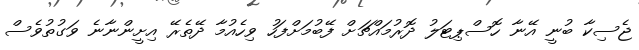
ޖެސިކާ ބުނީ އޭނާ ހޮސްޕިޓަލު ދޮރުމައްޗަށް ފޭބުމަށްފަހު ވިހެެއުމާ ދޭތެރޭ އިށީންނާނެ ވަގުތުވެސް